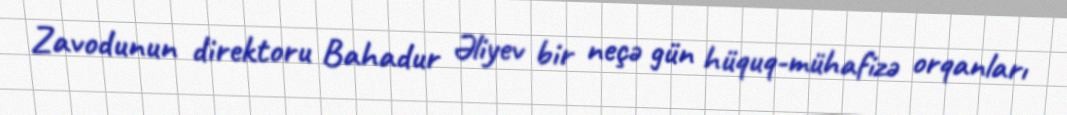
Zavodunun direktoru Bahadur Əliyev bir neçə gün hüquq-mühafizə orqanları